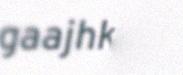
gaajhkine